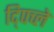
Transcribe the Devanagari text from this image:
द्पिच्ले